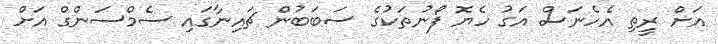
އަށް ރީތި އެހެނަސް އަގު ހެޔޮ ފޯނުތަކުގެ ސަބަބުން ޗައިނާގައި ސެމްސަންގް އަށް